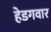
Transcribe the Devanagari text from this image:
हेडगवार